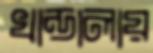
খান্ডালায়